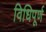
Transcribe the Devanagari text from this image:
विधिपूर्ण